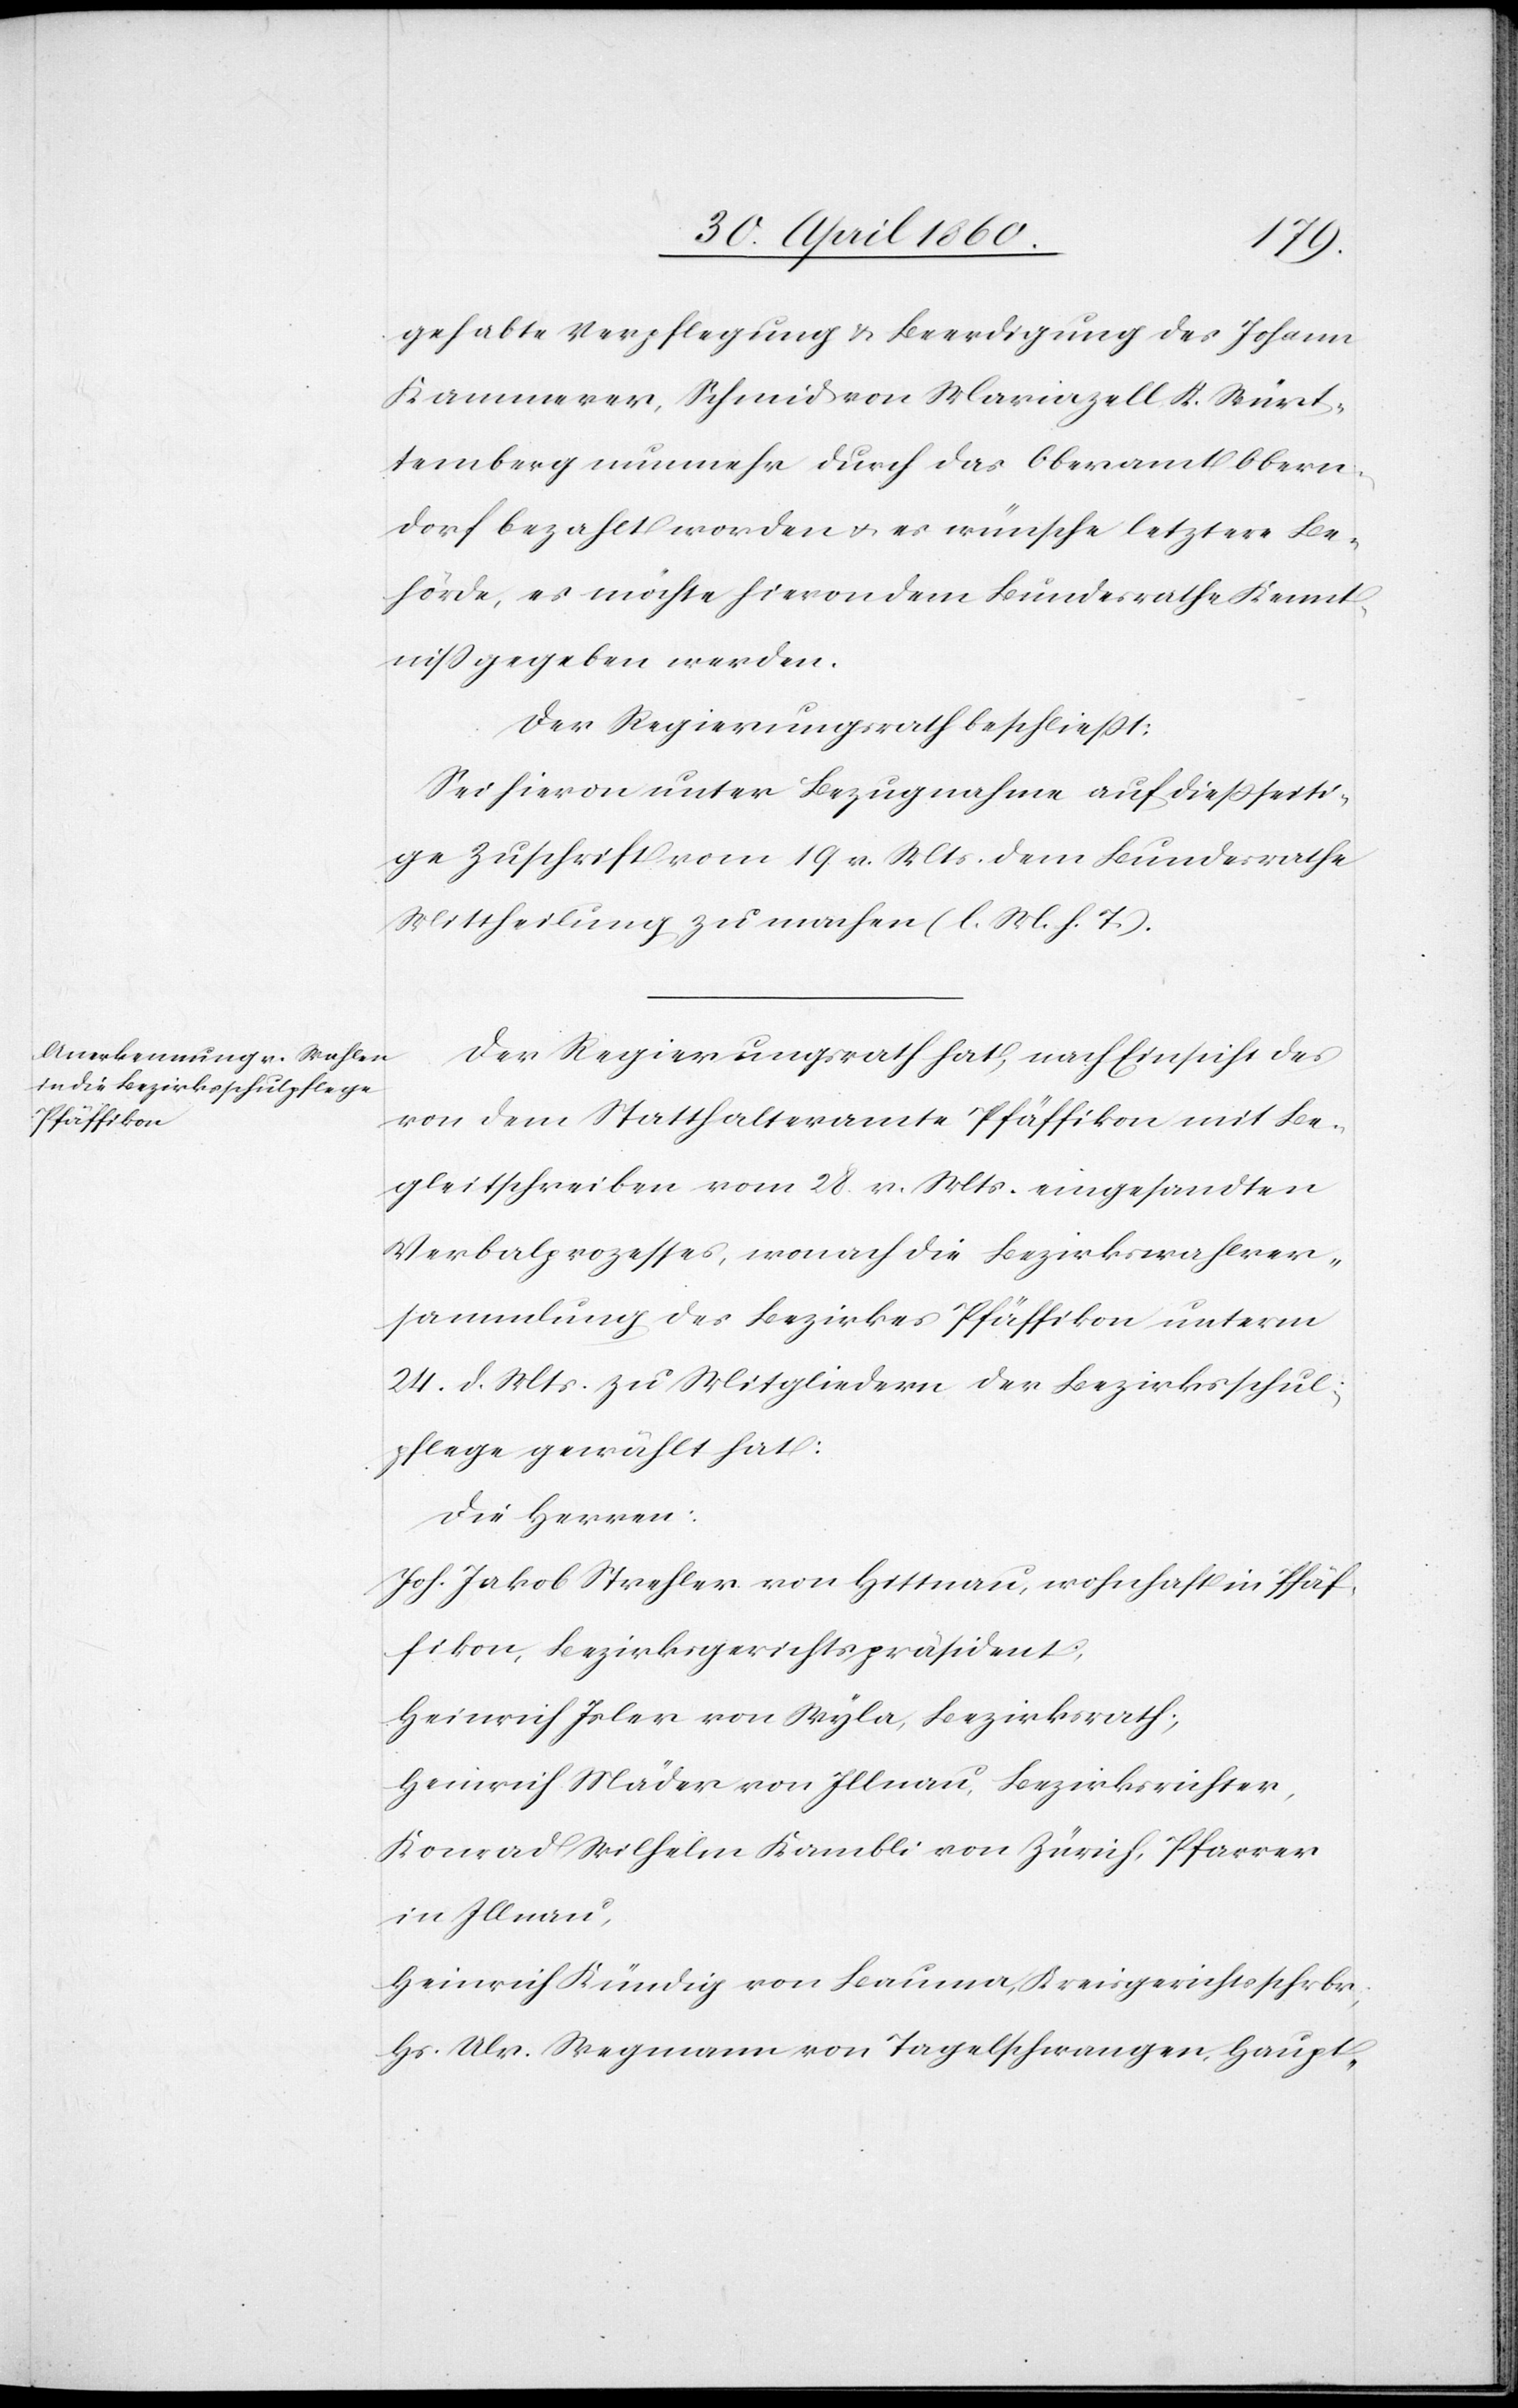
gehabte Verpflegung u. Beerdigung des Johann
Kammerer, Schmid von Mariazell K. Würt¬
temberg nunmehr durch das Oberamt Obern¬
dorf bezahlt worden u. es wünsche letztere Be¬
hörde, es möchte hievon dem Bundesrathe Kennt¬
niss gegeben werden.
Der Regierungsrath beschliesst:
Sei hievon unter Bezugnahme auf diesseiti¬
ge Zuschrift vom 19. v. Mts. dem Bundesrathe
Mittheilung zu machen. (l. M. h. T.)
Der Regierungsrath hat, nach Einsicht des
von dem Statthalteramte Pfäffikon mit Be¬
gleitschreiben vom 28. v. Mts. eingesandten
Verbalprozesses, wonach die Bezirkswahlver¬
sammlung des Bezirkes Pfäffikon unterm
24. d. Mts. zu Mitgliedern der Bezirksschul¬
pflege gewählt hat:
Die Herren:
Joh. Jakob Strehler von Hittnau, wohnhaft in Pfäf¬
fikon, Bezirksgerichtspräsident;
Heinrich Isler von Wyla, Bezirksrath;
Heinrich Mäder von Illnau, Bezirksrichter,
Konrad Wilhelm Kambli von Zürich, Pfarrer
in Illnau,
Heinrich Kündig von Bauma, Kreisgerichtsschrbr,
Hs. Ulr. Wegmann von Tagelschwangen, Haupt-